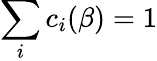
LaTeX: \sum_{i}c_{i}(\beta)=1